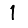
Digit: 1